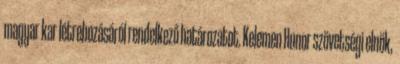
magyar kar létrehozásáról rendelkező határozatot. Kelemen Hunor szövetségi elnök,